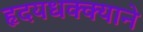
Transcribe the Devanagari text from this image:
हृदयधक्क्याने